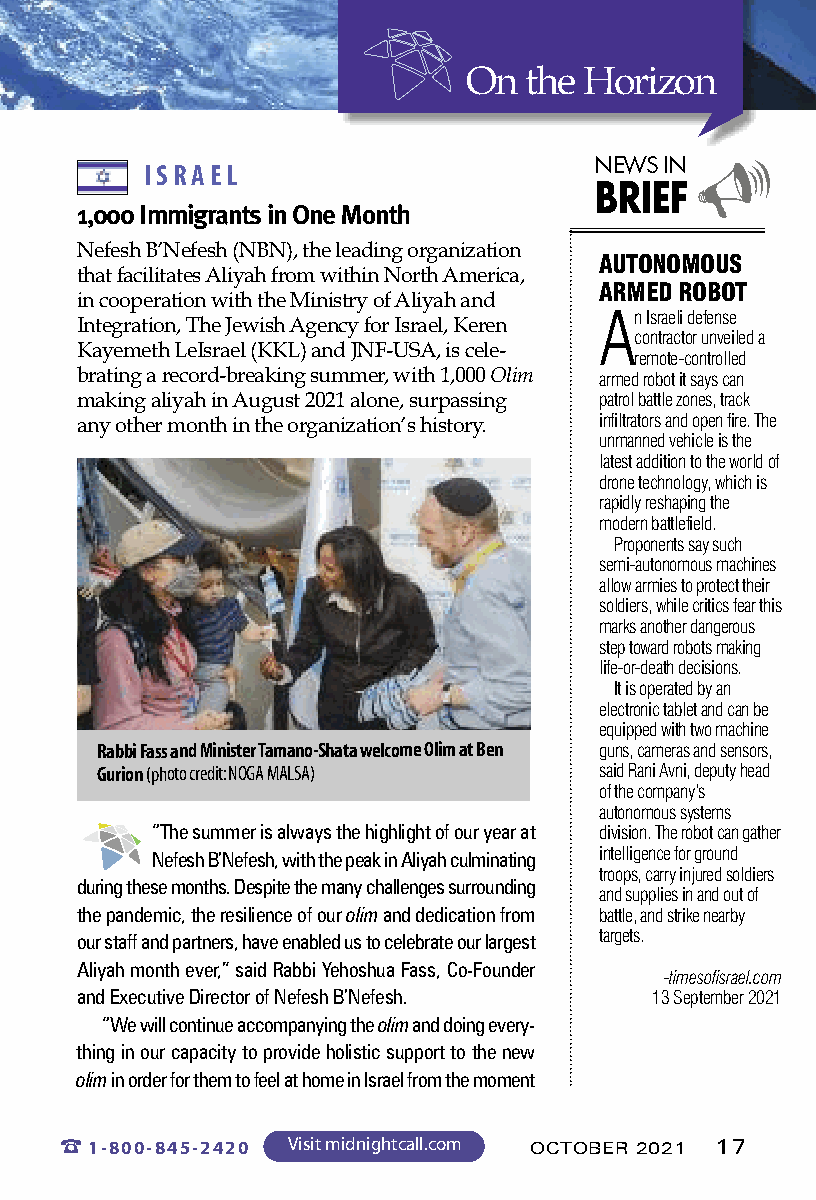
On  the Horizon
 NEWS IN
 ISRAEL                       BRIEF  
 1,000 Immigrants in One Month
 Nefesh B’Nefesh (NBN), the leading organization AUTONOMOUS
 that facilitates Aliyah from within North America,
 ARMED ROBOT
 in cooperation with the Ministry of Aliyah and
 An Israeli defense
 Integration, The Jewish Agency for Israel, Keren
 contractor unveiled a
 Kayemeth LeIsrael (KKL) and JNF-USA, is cele- remote-controlled
 brating a record-breaking summer, with 1,000 Olim armed robot it says can
 patrol battle zones, track
 making aliyah in August 2021 alone, surpassing
 infiltrators and open fire. The
 any other month in the organization’s history.
 unmanned vehicle is the
 latest addition to the world of
 drone technology, which is
 rapidly reshaping the
 modern battlefield.
 Proponents say such
 semi-autonomous machines
 allow armies to protect their
 soldiers, while critics fear this
 marks another dangerous
 step toward robots making
 life-or-death decisions.
 It is operated by an
 electronic tablet and can be
 equipped with two machine
 Rabbi Fass and Minister Tamano-Shata welcome Olim at Ben guns, cameras and sensors,
 Gurion (photo credit: NOGA MALSA) said Rani Avni, deputy head
 of the company’s
 autonomous systems
 “The summer is always the highlight of our year at division. The robot can gather
 Nefesh B’Nefesh, with the peak in Aliyah culminating intelligence for ground
 troops, carry injured soldiers
 during these months. Despite the many challenges surrounding
 and supplies in and out of
 the pandemic, the resilience of ourolim and dedication from battle, and strike nearby
 our staff and partners, have enabled us to celebrate our largest targets.
 Aliyah month ever,” said Rabbi Yehoshua Fass, Co-Founder
 -timesofisrael.com
 and Executive Director of Nefesh B’Nefesh. 13 September 2021
 “We will continue accompanying the olim and doing every-
 thing in our capacity to provide holistic support to the new
 olimin order for them to feel at home in Israel from the moment
 %1-800-845-2420 Visit midnightcall.com OCTOBER 2021 17